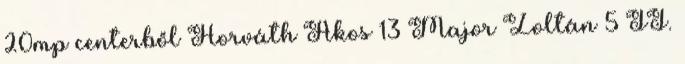
20mp centerből Horváth Ákos 13 Major Zoltán 5 II.